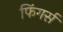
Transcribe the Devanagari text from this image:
फिंगर्स